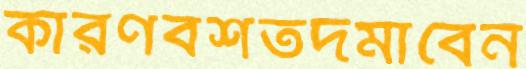
কারণবশতদমাবেন